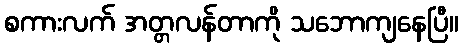
စကားလက် အတ္တလန်တာကို သဘောကျနေပြီ။